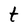
Character: t